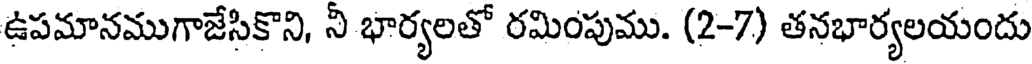
ఉపమానముగాజేసికొని, ని భార్యలతో రమింపుము. (2-7) తనభార్యలయందు